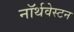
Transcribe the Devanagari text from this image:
नॉर्थवेस्टन